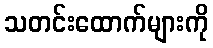
သတင်းထောက်များကို